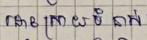
ដោះស្រាយទំនាស់